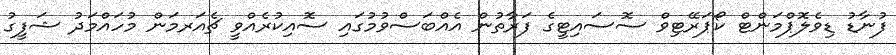
ފުނާޑު ޑިވެލޮޕްމަންޓް ކޯޕަރޭޓިވް ސޮސައިޓީގެ ފަރާތުން އެއްބަސްވުމުގައި ސޮއިކުރެއްވީ ޗެއަރމަން މުހައްމަދު ޝަފީގު